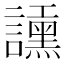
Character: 𧭲